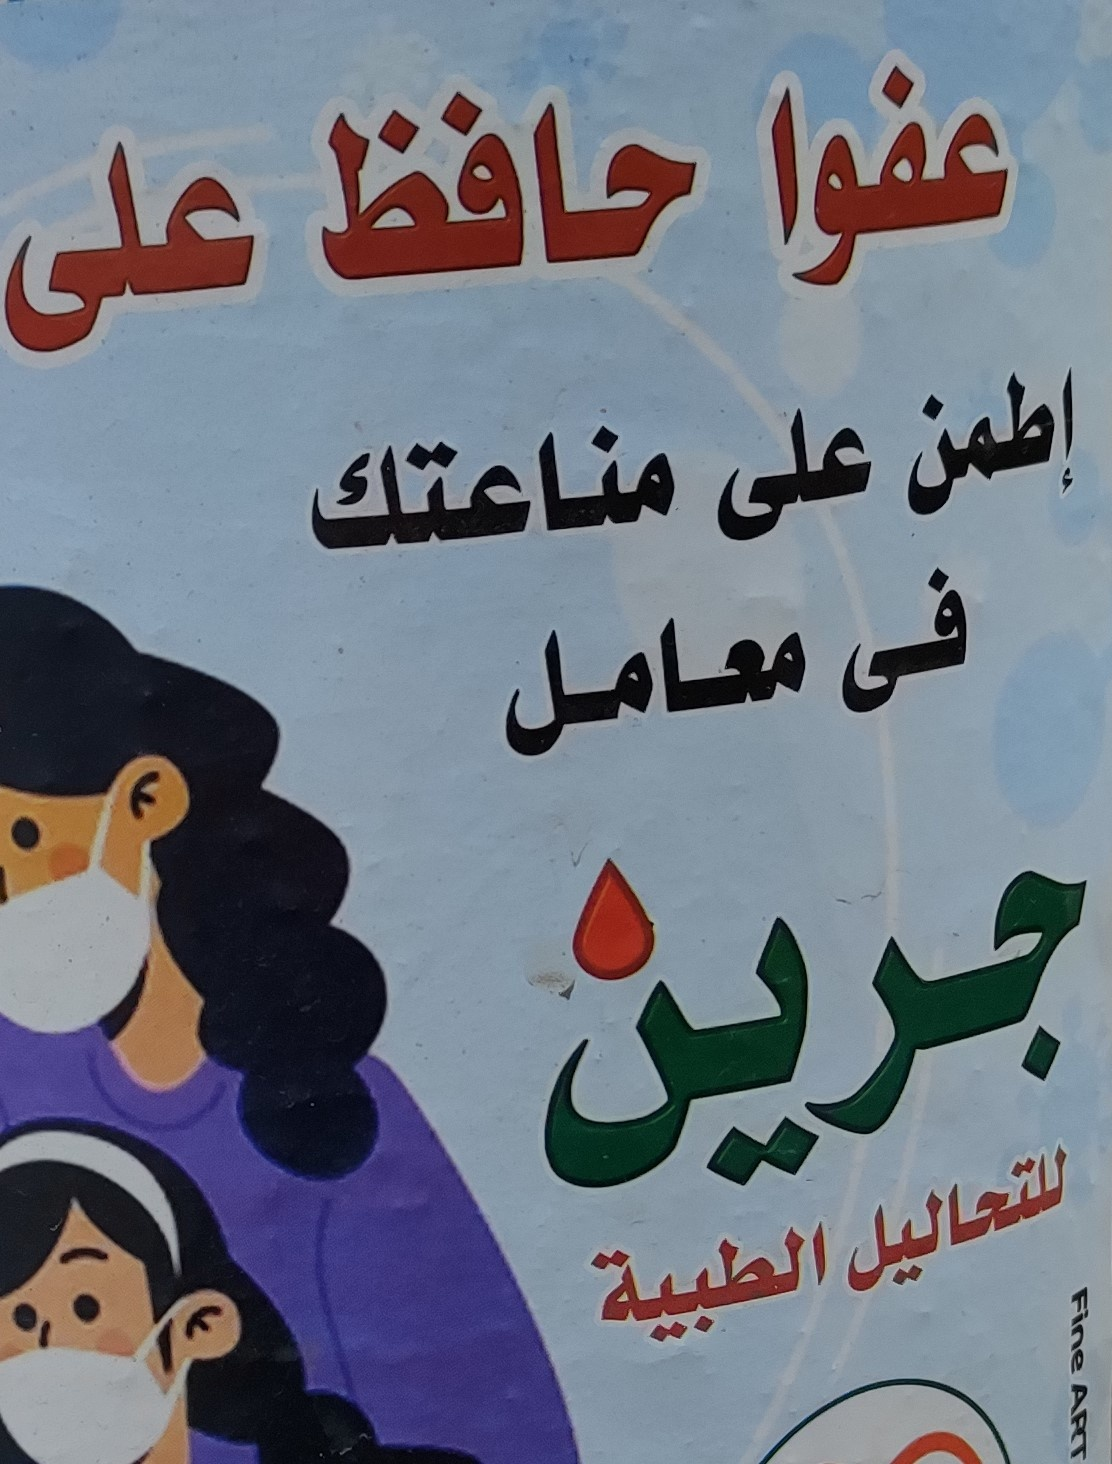
Text in image: عفوا حافظ على إطمن على مناعتك فى معامل جرين للتحاليل الطبية Fine ART